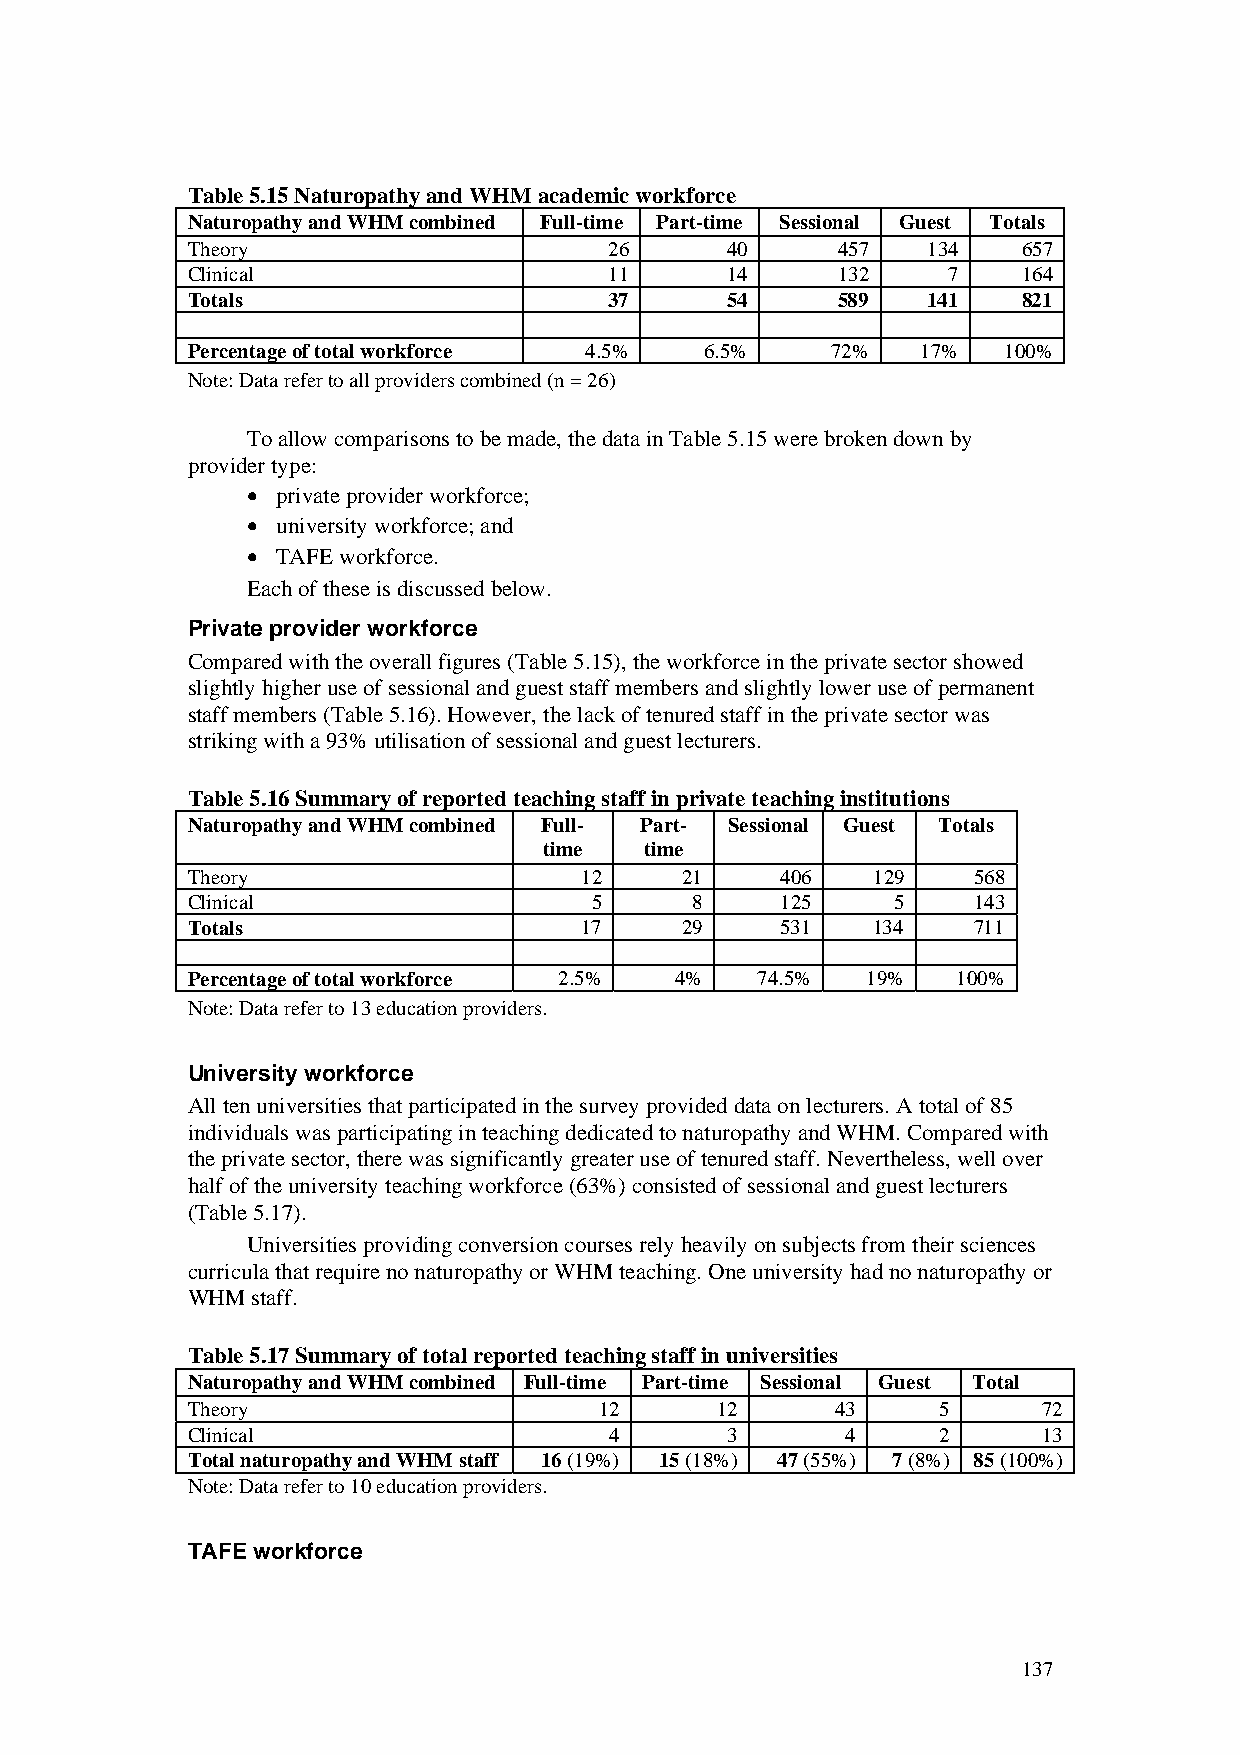
Table 5.15 Naturopathy and WHM academic workforce
 Naturopathy and WHM combined Full-time Part-time Sessional Guest Totals
 Theory                      26      40     457   134    657
 Clinical                    11      14     132     7    164
 Totals                      37      54     589   141    821
 Percentage of total workforce 4.5% 6.5%    72%   17%  100%
 Note: Data refer to all providers combined (n = 26)
 To allow comparisons to be made, the data in Table 5.15 were broken down by
 provider type:
 • private provider workforce;
 • university workforce; and
 • TAFE workforce.
 Each of these is discussed below.
 Private provider workforce
 Compared with the overall figures (Table 5.15), the workforce in the private sector showed
 slightly higher use of sessional and guest staff members and slightly lower use of permanent
 staff members (Table 5.16). However, the lack of tenured staff in the private sector was
 striking with a 93% utilisation of sessional and guest lecturers.
 Table 5.16 Summary of reported teaching staff in private teaching institutions
 Naturopathy and WHM combined Full- Part- Sessional Guest Totals
 time   time
 Theory                    12     21     406   129   568
 Clinical                   5      8     125    5    143
 Totals                    17     29     531   134   711
 Percentage of total workforce 2.5% 4% 74.5%  19%   100%
 Note: Data refer to 13 education providers.
 University workforce
 All ten universities that participated in the survey provided data on lecturers. A total of 85
 individuals was participating in teaching dedicated to naturopathy and WHM. Compared with
 the private sector, there was significantly greater use of tenured staff. Nevertheless, well over
 half of the university teaching workforce (63%) consisted of sessional and guest lecturers
 (Table 5.17).
 Universities providing conversion courses rely heavily on subjects from their sciences
 curricula that require no naturopathy or WHM teaching. One university had no naturopathy or
 WHM  staff.
 Table 5.17 Summary of total reported teaching staff in universities
 Naturopathy and WHM combined Full-time Part-time Sessional Guest Total
 Theory                      12     12      43     5      72
 Clinical                    4       3       4     2      13
 Total naturopathy and WHM staff 16 (19%) 15 (18%) 47 (55%) 7 (8%) 85 (100%)
 Note: Data refer to 10 education providers.
 TAFE workforce
 137